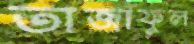
তাজাফুল